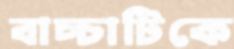
বাচ্চাটিকে